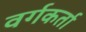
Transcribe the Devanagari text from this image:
वर्गकर्ता